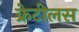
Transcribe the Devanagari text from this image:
क्रेटीलस